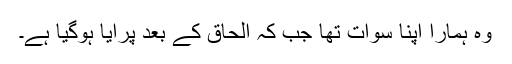
وہ ہمارا اپنا سوات تھا جب کہ الحاق کے بعد پرایا ہوگیا ہے۔